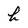
Character: h